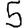
Digit: 5